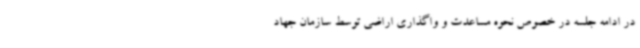
در ادامه جلسه در خصوص نحوه مساعدت و واگذاری اراضی توسط سازمان جهاد